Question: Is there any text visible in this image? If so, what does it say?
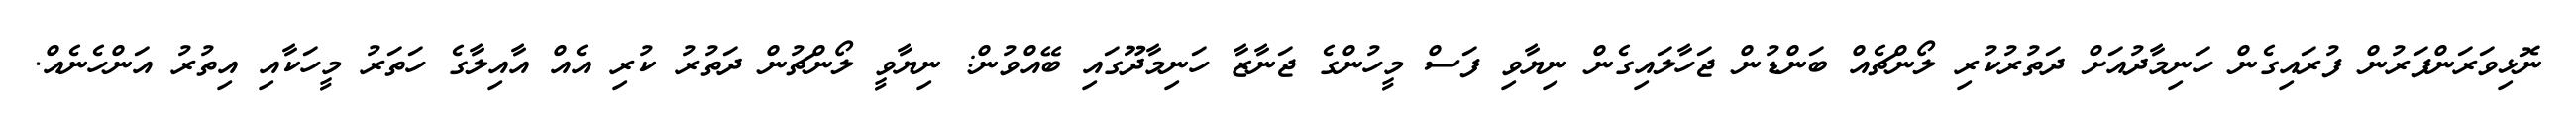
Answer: ނޮޅިވަރަންފަރުން ފުރައިގެން ހަނިމާދުއަށް ދަތުރުކުރި ލޯންޗެއް ބަންޑުން ޖަހާލައިގެން ނިޔާވި ފަސް މީހުންގެ ޖަނާޒާ ހަނިމާދޫގައި ބޭއްވުން: ނިޔާވީ ލޯންޗުން ދަތުރު ކުރި އެއް އާއިލާގެ ހަތަރު މީހަކާއި އިތުރު އަންހެނެއް.